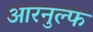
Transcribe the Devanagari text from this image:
आरनुल्फ